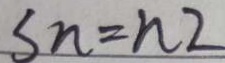
s n = n 2